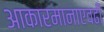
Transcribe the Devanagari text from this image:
आकारमानाएवढी